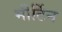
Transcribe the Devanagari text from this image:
मीर्टिन